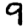
Digit: 9